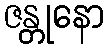
ဇန္တုနော